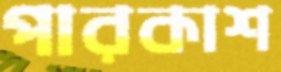
পারকাশ